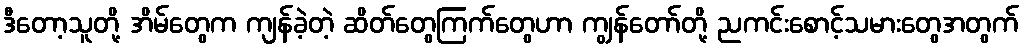
ဒီတော့သူတို့ အိမ်တွေက ကျန်ခဲ့တဲ့ ဆိတ်တွေကြက်တွေဟာ ကျွန်တော်တို့ ညကင်းစောင့်သမားတွေအတွက်